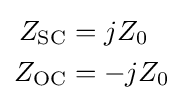
{\begin{aligned}Z_{\mathrm {SC} }&=jZ_{0}\\Z_{\mathrm {OC} }&=-jZ_{0}\\\end{aligned}}